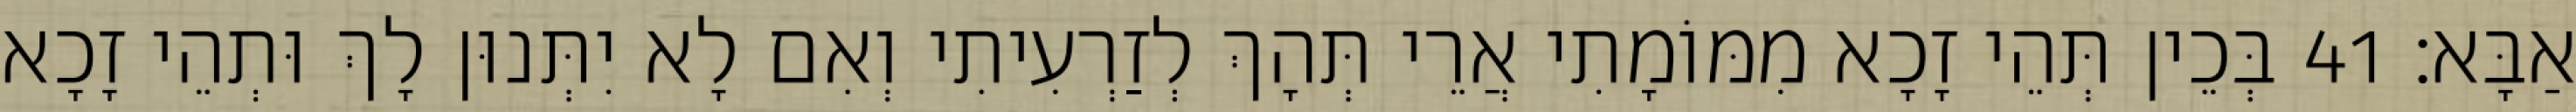
אַבָּא׃ 41 בְּכֵין תְּהֵי זָכָא מִמּוֹמָתִי אֲרֵי תְּהָךְ לְזַרְעִיתִי וְאִם לָא יִתְּנוּן לָךְ וּתְהֵי זָכָא